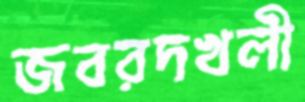
জবরদখলী